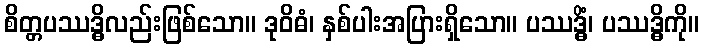
စိတ္တပဿဒ္ဓိလည်းဖြစ်သော။ ဒုဝိဓံ၊ နှစ်ပါးအပြားရှိသော။ ပဿဒ္ဓိံ၊ ပဿဒ္ဓိကို။